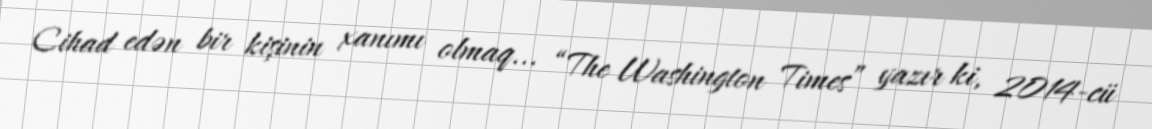
Cihad edən bir kişinin xanımı olmaq... “The Washington Times” yazır ki, 2014-cü